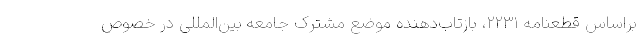
براساس قطعنامه ۲۲۳۱، بازتاب‌دهنده موضع مشترک جامعه بین‌المللی در خصوص